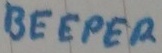
Text: BEEPER